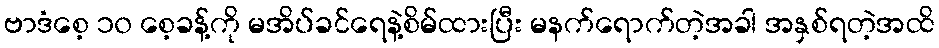
ဗာဒံစေ့ ၁၀ စေ့ခန့်ကို မအိပ်ခင်ရေနဲ့စိမ်ထားပြီး မနက်ရောက်တဲ့အခါ အနှစ်ရတဲ့အထိ